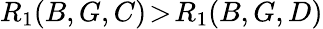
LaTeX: R_{1}(B,G,C)\! >\! R_{1}(B,G,D)